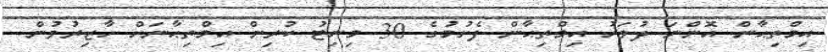
އިމްތިޙާން އޮންނަ ދުވަހު އިމްތިޙާން ފެށުމުގެ 30 މިނިޓު ކުރިން އިމްތިޙާނަށް ހާޒިރުވުން.